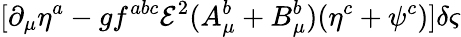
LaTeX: [\partial_{\mu}\eta^{a}-gf^{abc}{\mathcal{E}}^{2}(A_{\mu}^{b}+B_{\mu}^{b})(\eta^{c}+\psi^{c})]\delta\varsigma